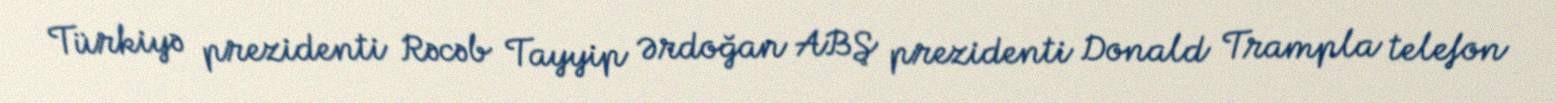
Türkiyə prezidenti Rəcəb Tayyip Ərdoğan ABŞ prezidenti Donald Trampla telefon